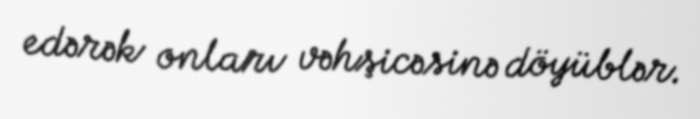
edərək onları vəhşicəsinə döyüblər.